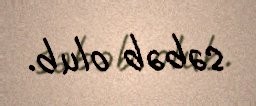
səbəb olub.